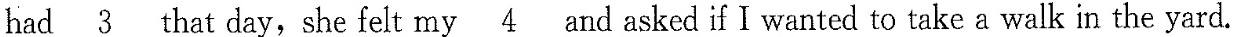
had \underline{3} that day, she felt my \underline{4} and asked if I wanted to take a walk in the yard.